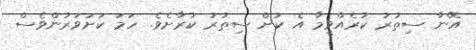
އޭނާ ސިތުރު ކުރެއްވީމާ އެ ކުށް ސިތުރު ކުރާށެވެ. ހަމަ ކަށަވަރުންވެސް